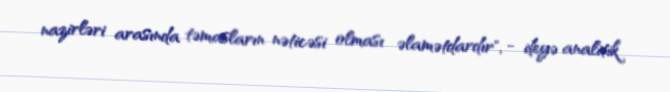
nazirləri arasında təmasların nəticəsi olması əlamətdardır", - deyə analitik